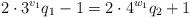
LaTeX: \begin{align*}2\cdot 3^{v_1} q_1 - 1 = 2\cdot 4^{w_1} q_2+1\end{align*}